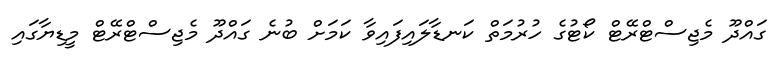
ގައްދޫ މެޖިސްޓްރޭޓް ކޯޓުގެ ހުރުމަތް ކަނޑާލައިފައިވާ ކަމަށް ބުނެ ގައްދޫ މެޖިސްޓްރޭޓް މީޑިޔާގައި